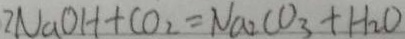
2 N a O H + C O _ { 2 } = N a _ { 2 } C O _ { 3 } + H _ { 2 } O